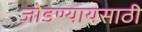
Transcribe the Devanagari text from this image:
जोडण्यायसाठी